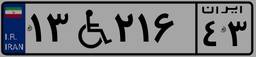
۱۳W۲۱۶۴۳